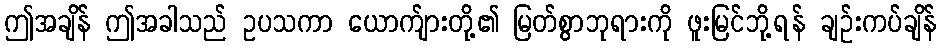
ဤအချိန် ဤအခါသည် ဥပသကာ ယောက်ျားတို့၏ မြတ်စွာဘုရားကို ဖူးမြင်ဘို့ရန် ချဉ်းကပ်ချိန်